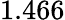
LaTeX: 1.466